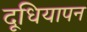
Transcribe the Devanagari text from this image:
दूधियापन